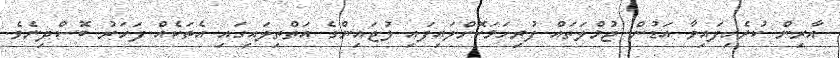
އާރިން ކުރެހިފައިވާ އަޑުން ޖުމްލަތައް ފުރިހަމަކޮށްލައިފައި ލުޖައިންގެ އަތްތިލައިގައި އެތަކެއް ފަހަރު ބޮސްދިނެވެ.